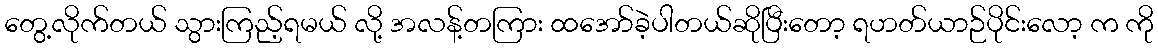
တွေ့လိုက်တယ် သွားကြည့်ရမယ် လို့ အလန့်တကြား ထအော်ခဲ့ပါတယ်ဆိုပြီးတော့ ရဟတ်ယာဉ်ပိုင်းလော့ က ကို